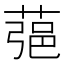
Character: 𦶁